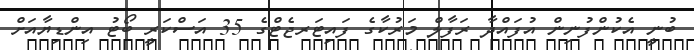
ބުނީ އެކުންފުނިން އުފައްދާ ރަފާލް މަރުކާގެ ފައިޓަރޖެޓްގެ 35 އަސްކަރީ ބޯޓު އިންޑިޔާއަށް